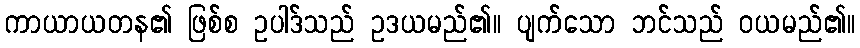
ကာယာယတန၏ ဖြစ်စ ဥပါဒ်သည် ဥဒယမည်၏။ ပျက်သော ဘင်သည် ဝယမည်၏။